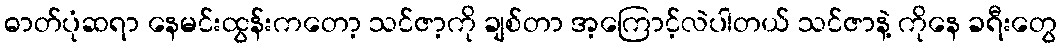
ဓာတ်ပုံဆရာ နေမင်းထွန်းကတော့ သင်ဇာ့ကို ချစ်တာ အ့ကြောင့်လဲပါတယ် သင်ဇာနဲ့ ကိုနေ ခရီးတွေ